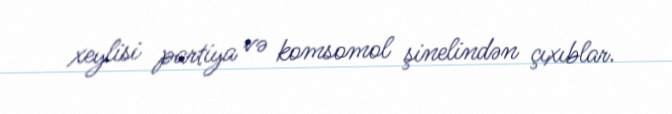
xeylisi partiya və komsomol şinelindən çıxıblar.